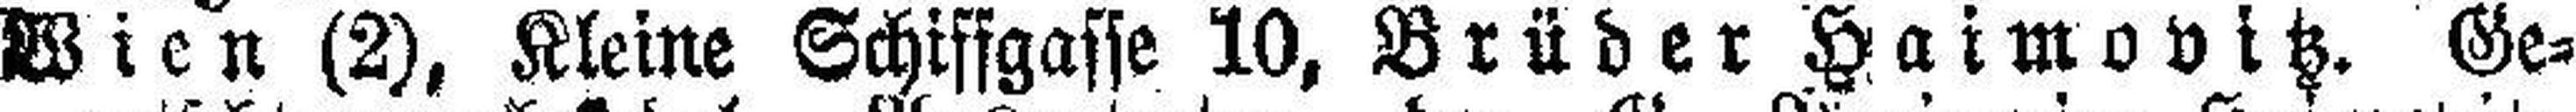
Wien (2), Kleine Schiffgasse 10, Brüder Haimovitz. Ge¬